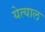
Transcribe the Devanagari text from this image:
येत्याल